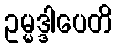
ဥမ္မဒ္ဒါပေတိ